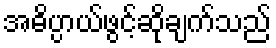
အဓိပ္ပာယ်ဖွင့်ဆိုချက်သည်